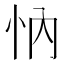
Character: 𢗉